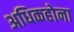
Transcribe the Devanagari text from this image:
अधिकहोना